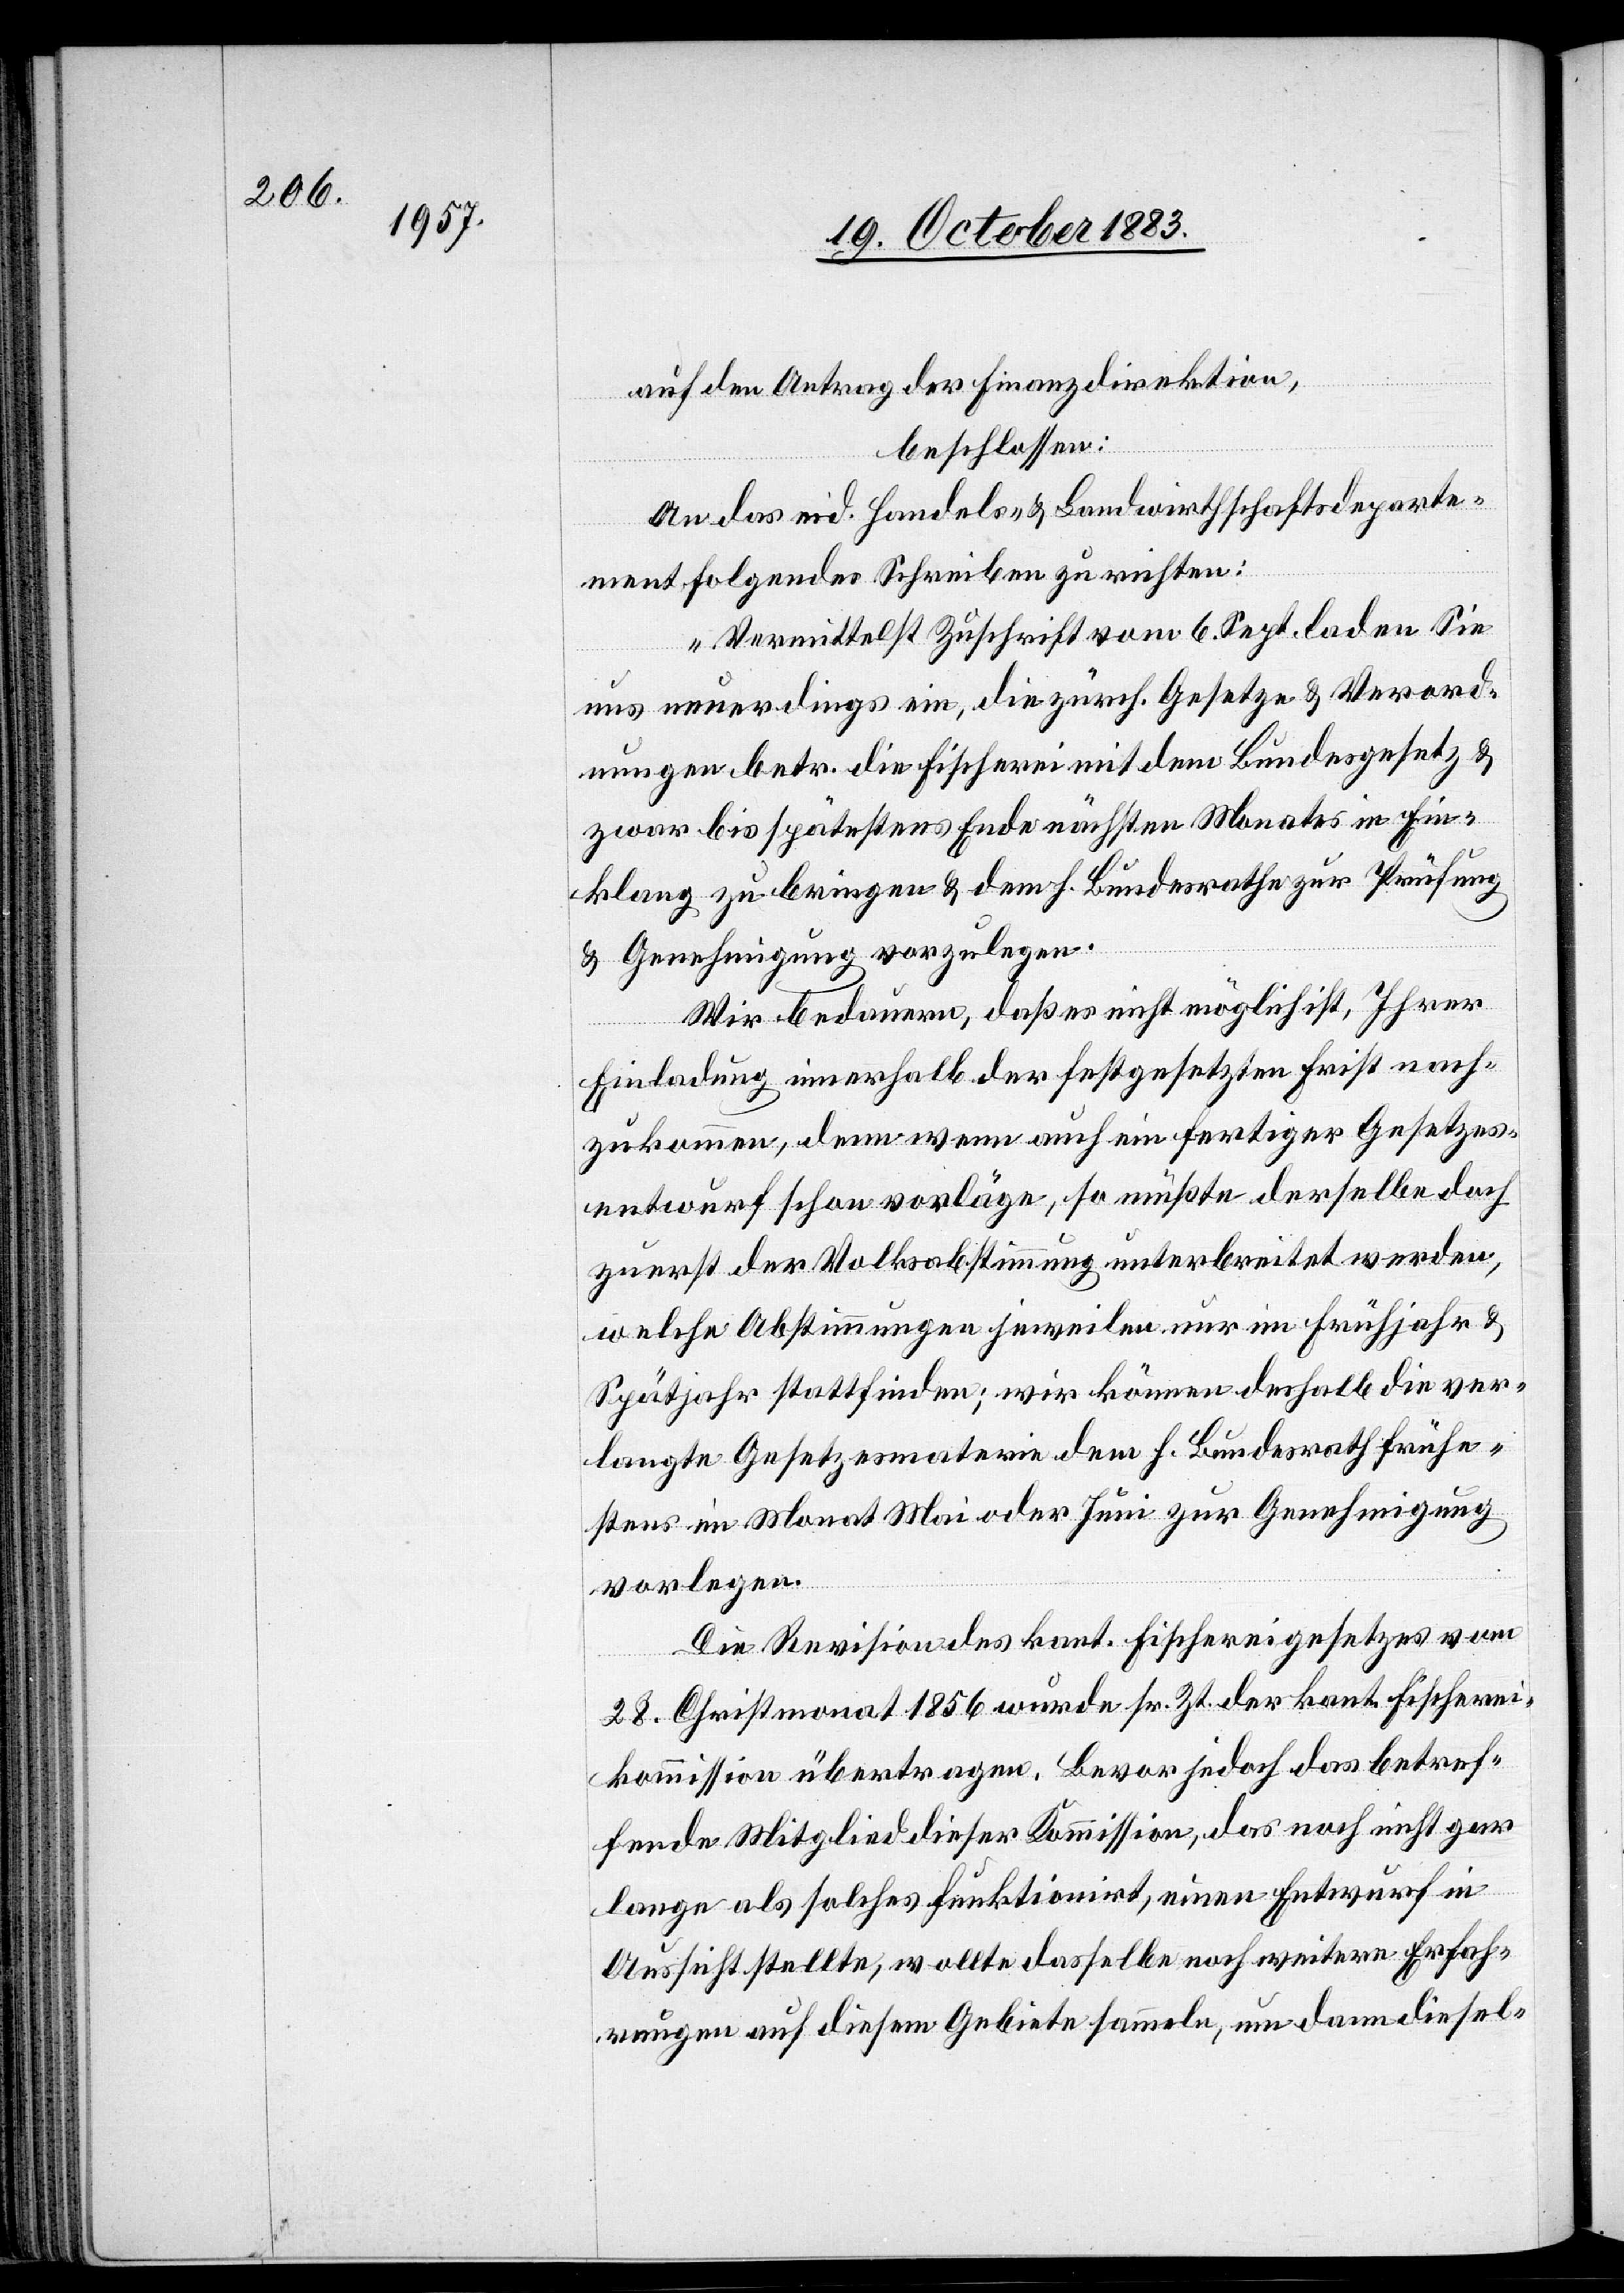
auf den Antrag der Finanzdirektion,
beschlossen:
An das eid. Handels- & Landwirthschaftsdeparte¬
ment folgendes Schreiben zu richten:
„Vermittelst Zuschrift vom 6. Sept. laden Sie
uns neuerdings ein, die zürch. Gesetze & Verord¬
nungen betr. die Fischerei mit dem Bundesgesetz &
zwar bis spätestens Ende nächsten Monates in Ein¬
klang zu bringen & dem h. Bundesrath zur Prüfung
& Genehmigung vorzulegen.
Wir bedauern, daß es nicht möglich ist, Ihrer
Einladung innerhalb der festgesetzten Frist nach¬
zukommen, denn wenn auch ein fertiger Gesetzes¬
entwurf schon vorläge, so müßte derselbe doch
zuerst der Volksabstimmung unterbreitet werden,
welche Abstimmungen jeweilen nur im Frühjahr &
Spätjahr stattfinden; wir können deshalb die ver¬
langte Gesetzesmaterie dem h. Bundesrath frühe¬
stens im Monat Mai oder Juni zur Genehmigung
vorlegen.
Die Revision des kant. Fischereigesetzes vom
28. Christmonat 1856 wurde sr. Zt. der kant. Fischerei¬
kommission übertragen. Bevor jedoch das betref¬
fende Mitglied dieser Kommission, das noch nicht gar
lange als solche funktionirt, einen Entwurf in
Aussicht stellte, wollte dasselbe noch weitere Erfah¬
rungen auf diesem Gebiete sammeln, um dann die sel-